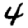
Digit: 4